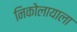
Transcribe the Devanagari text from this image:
निकोलायाला